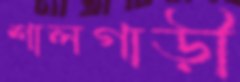
শালগাড়ী